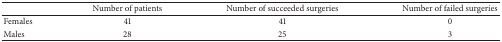
|  | Number of patients | Number of succeeded surgeries | Number of failed surgeries |
 | --- | --- | --- | --- |
 | Females | 41 | 41 | 0 |
 | Males | 28 | 25 | 3 |